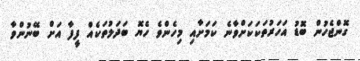
ގޮންޖެހުން ބޮޑު އަހަރުތަކަކަށްވާނެ ކަމަށާއި މިހެންވެ ހެޔޮ ބަދަލުތަކެއް ފީފާ އަށް ބޭނުންވާ